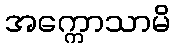
အက္ကောသာမိ